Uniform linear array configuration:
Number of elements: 8
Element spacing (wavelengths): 1
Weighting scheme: hann
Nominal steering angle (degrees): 60
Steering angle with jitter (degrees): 60.902
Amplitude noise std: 0.05
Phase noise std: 0.05

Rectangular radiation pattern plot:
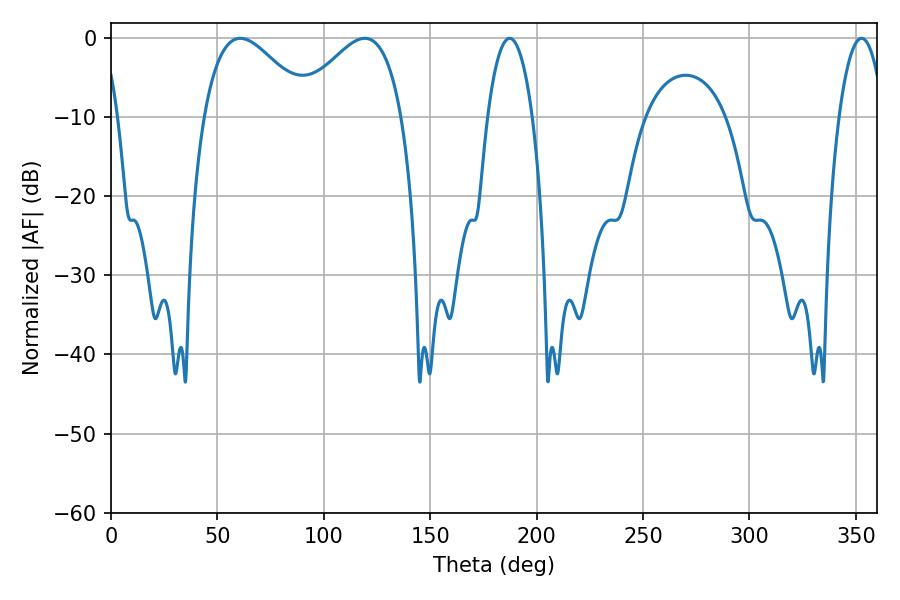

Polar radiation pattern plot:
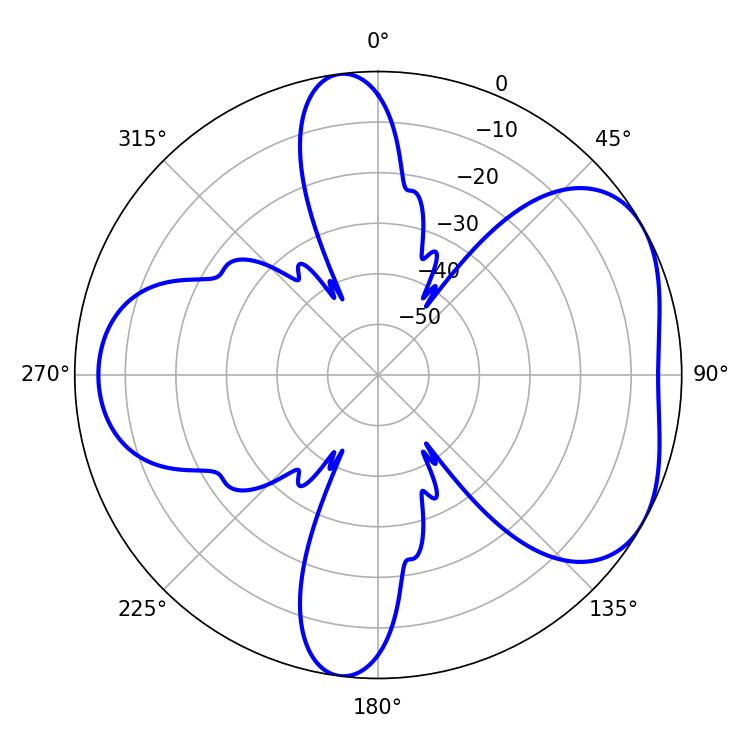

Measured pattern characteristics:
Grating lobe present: TRUE
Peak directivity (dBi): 4.833
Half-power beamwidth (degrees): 26.82
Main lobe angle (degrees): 60.84